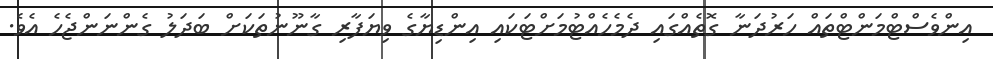
އިންވެސްޓްމަންޓްތައް ހަރުދަނާ ގޮތެއްގައި ދެމެހެއްޓުމަށްޓަކައި އިންޑިޔާގެ ވިޔަފާރި ގާނޫނުތަކަށް ބަދަލު ގެންނަންޖެހެ އެވެ.